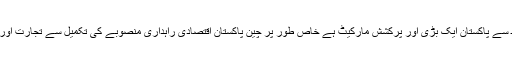
انہوں نے کہاکہ کاروبار اور سرمایہ کاری کے لحاظ سے پاکستان ایک بڑی اور پرکشش مارکیٹ ہے خاص طور پر چین پاکستان اقتصادی راہداری منصوبے کی تکمیل سے تجارت اور سرمایہ کاری کے بے شمار مواقع دستیاب ہوں گے۔